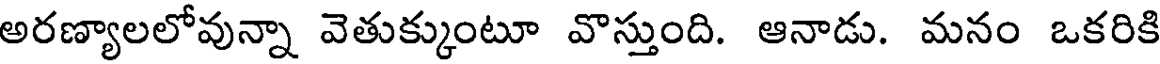
అరణ్యాలలోవున్నా వెతుక్కుంటూ వొస్తుంది. ఆనాడు. మనం ఒకరికి